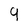
Character: 9